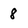
Character: 8